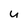
Character: u